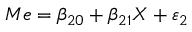
M e = \beta _ { 2 0 } + \beta _ { 2 1 } X + \varepsilon _ { 2 }